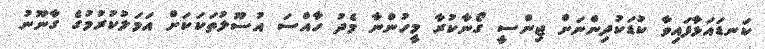
ކަނޑައަޅާފައިވާ ކުޑަކުދިންނަށް ޖިންސީ ގޯނާކުރާ މީހުންނާ މެދު ހާއްސަ އުސޫލުތަކަކަށް އަމަލުކުރުމުގެ ގާނޫނު